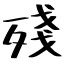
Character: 殘